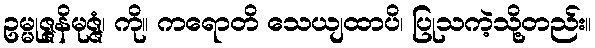
ဥမ္မုဇ္ဇနိမုဇ္ဇံ၊ ကို။ ကရောတိ သေယျထာပိ၊ ပြုသကဲ့သို့တည်း။